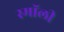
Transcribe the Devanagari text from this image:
स्माॅली